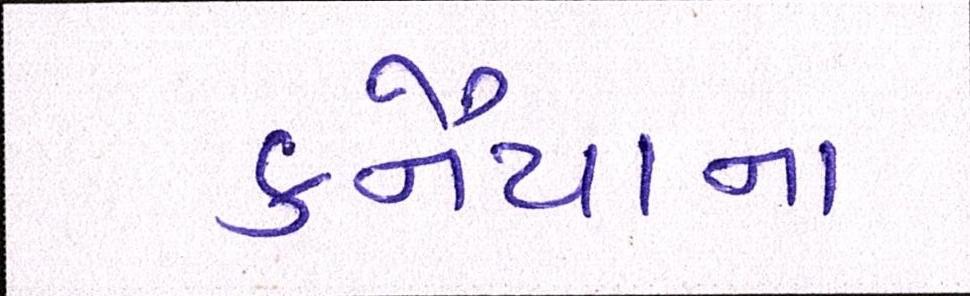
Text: કનૈયાના